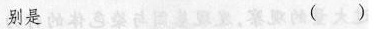
别是 ( )